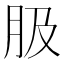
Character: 䏜